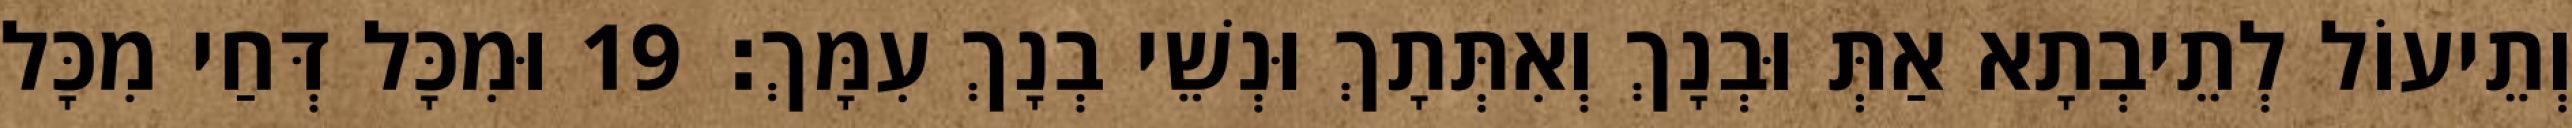
וְתֵיעוֹל לְתֵיבְתָא אַתְּ וּבְנָךְ וְאִתְּתָךְ וּנְשֵׁי בְנָךְ עִמָּךְ׃ 19 וּמִכָּל דְּחַי מִכָּל